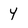
Character: 4